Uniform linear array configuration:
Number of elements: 64
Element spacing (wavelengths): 0.5
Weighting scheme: exponential
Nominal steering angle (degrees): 30
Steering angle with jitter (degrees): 30.042
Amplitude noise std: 0.05
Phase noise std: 0.05

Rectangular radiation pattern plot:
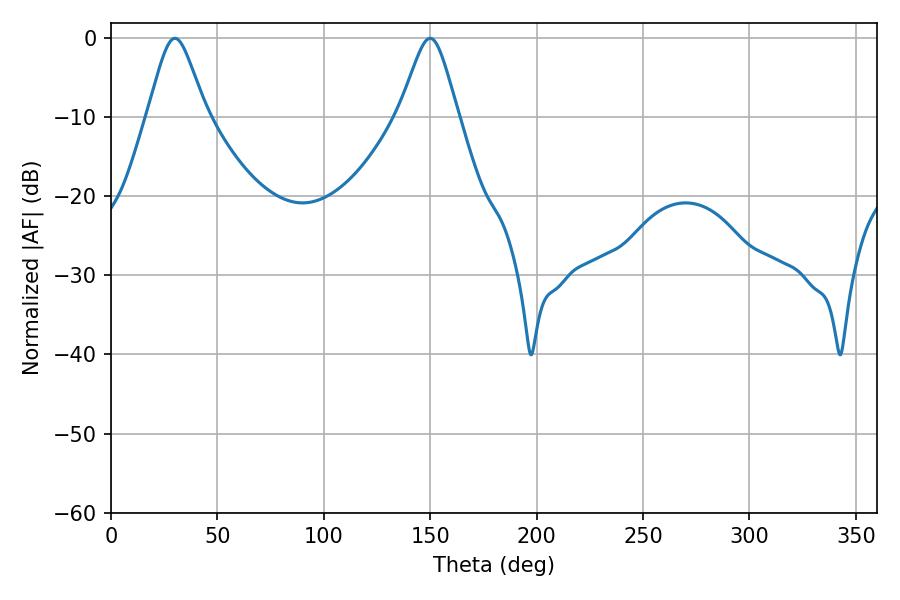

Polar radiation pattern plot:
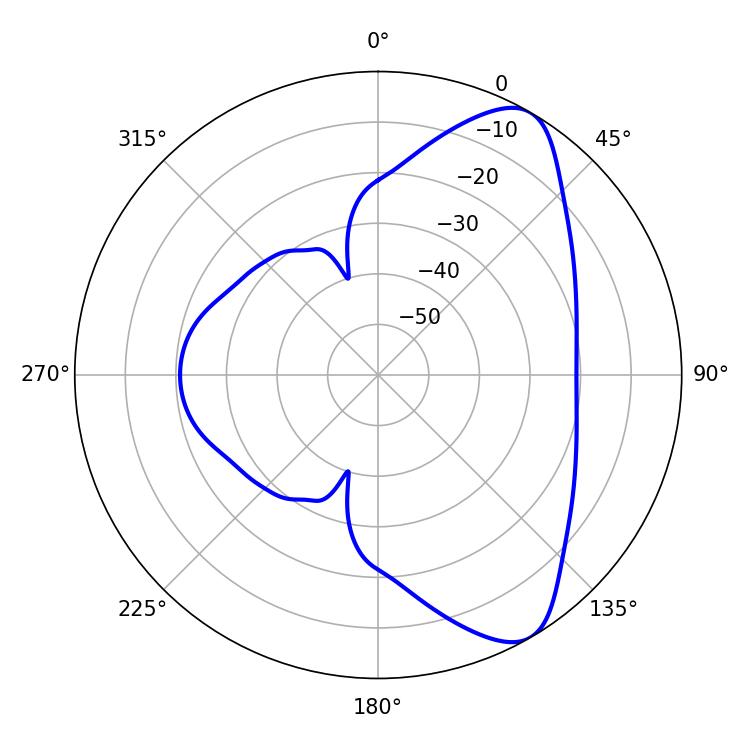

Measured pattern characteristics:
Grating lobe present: FALSE
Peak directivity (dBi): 8.263
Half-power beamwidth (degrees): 13.32
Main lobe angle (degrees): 30.06